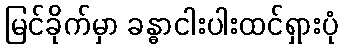
မြင်ခိုက်မှာ ခန္ဓာငါးပါးထင်ရှားပုံ